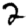
Digit: 2